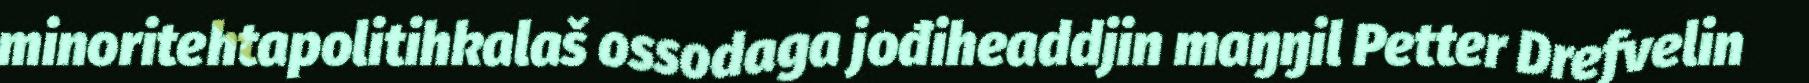
minoritehtapolitihkalaš ossodaga jođiheaddjin maŋŋil Petter Drefvelin